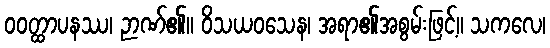
ဝဝတ္ထာပနဿ၊ ဉာဏ်၏။ ဝိသယဝသေန၊ အရာ၏အစွမ်းဖြင့်။ သကလေ၊